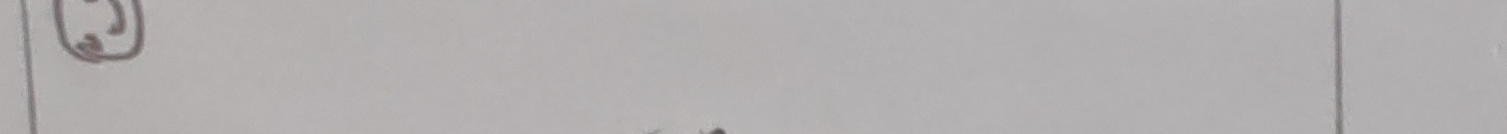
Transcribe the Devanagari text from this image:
२)